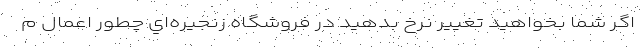
اگر شما بخواهيد تغيير نرخ بدهيد در فروشگاه زنجيره‌اي چطور اعمال م